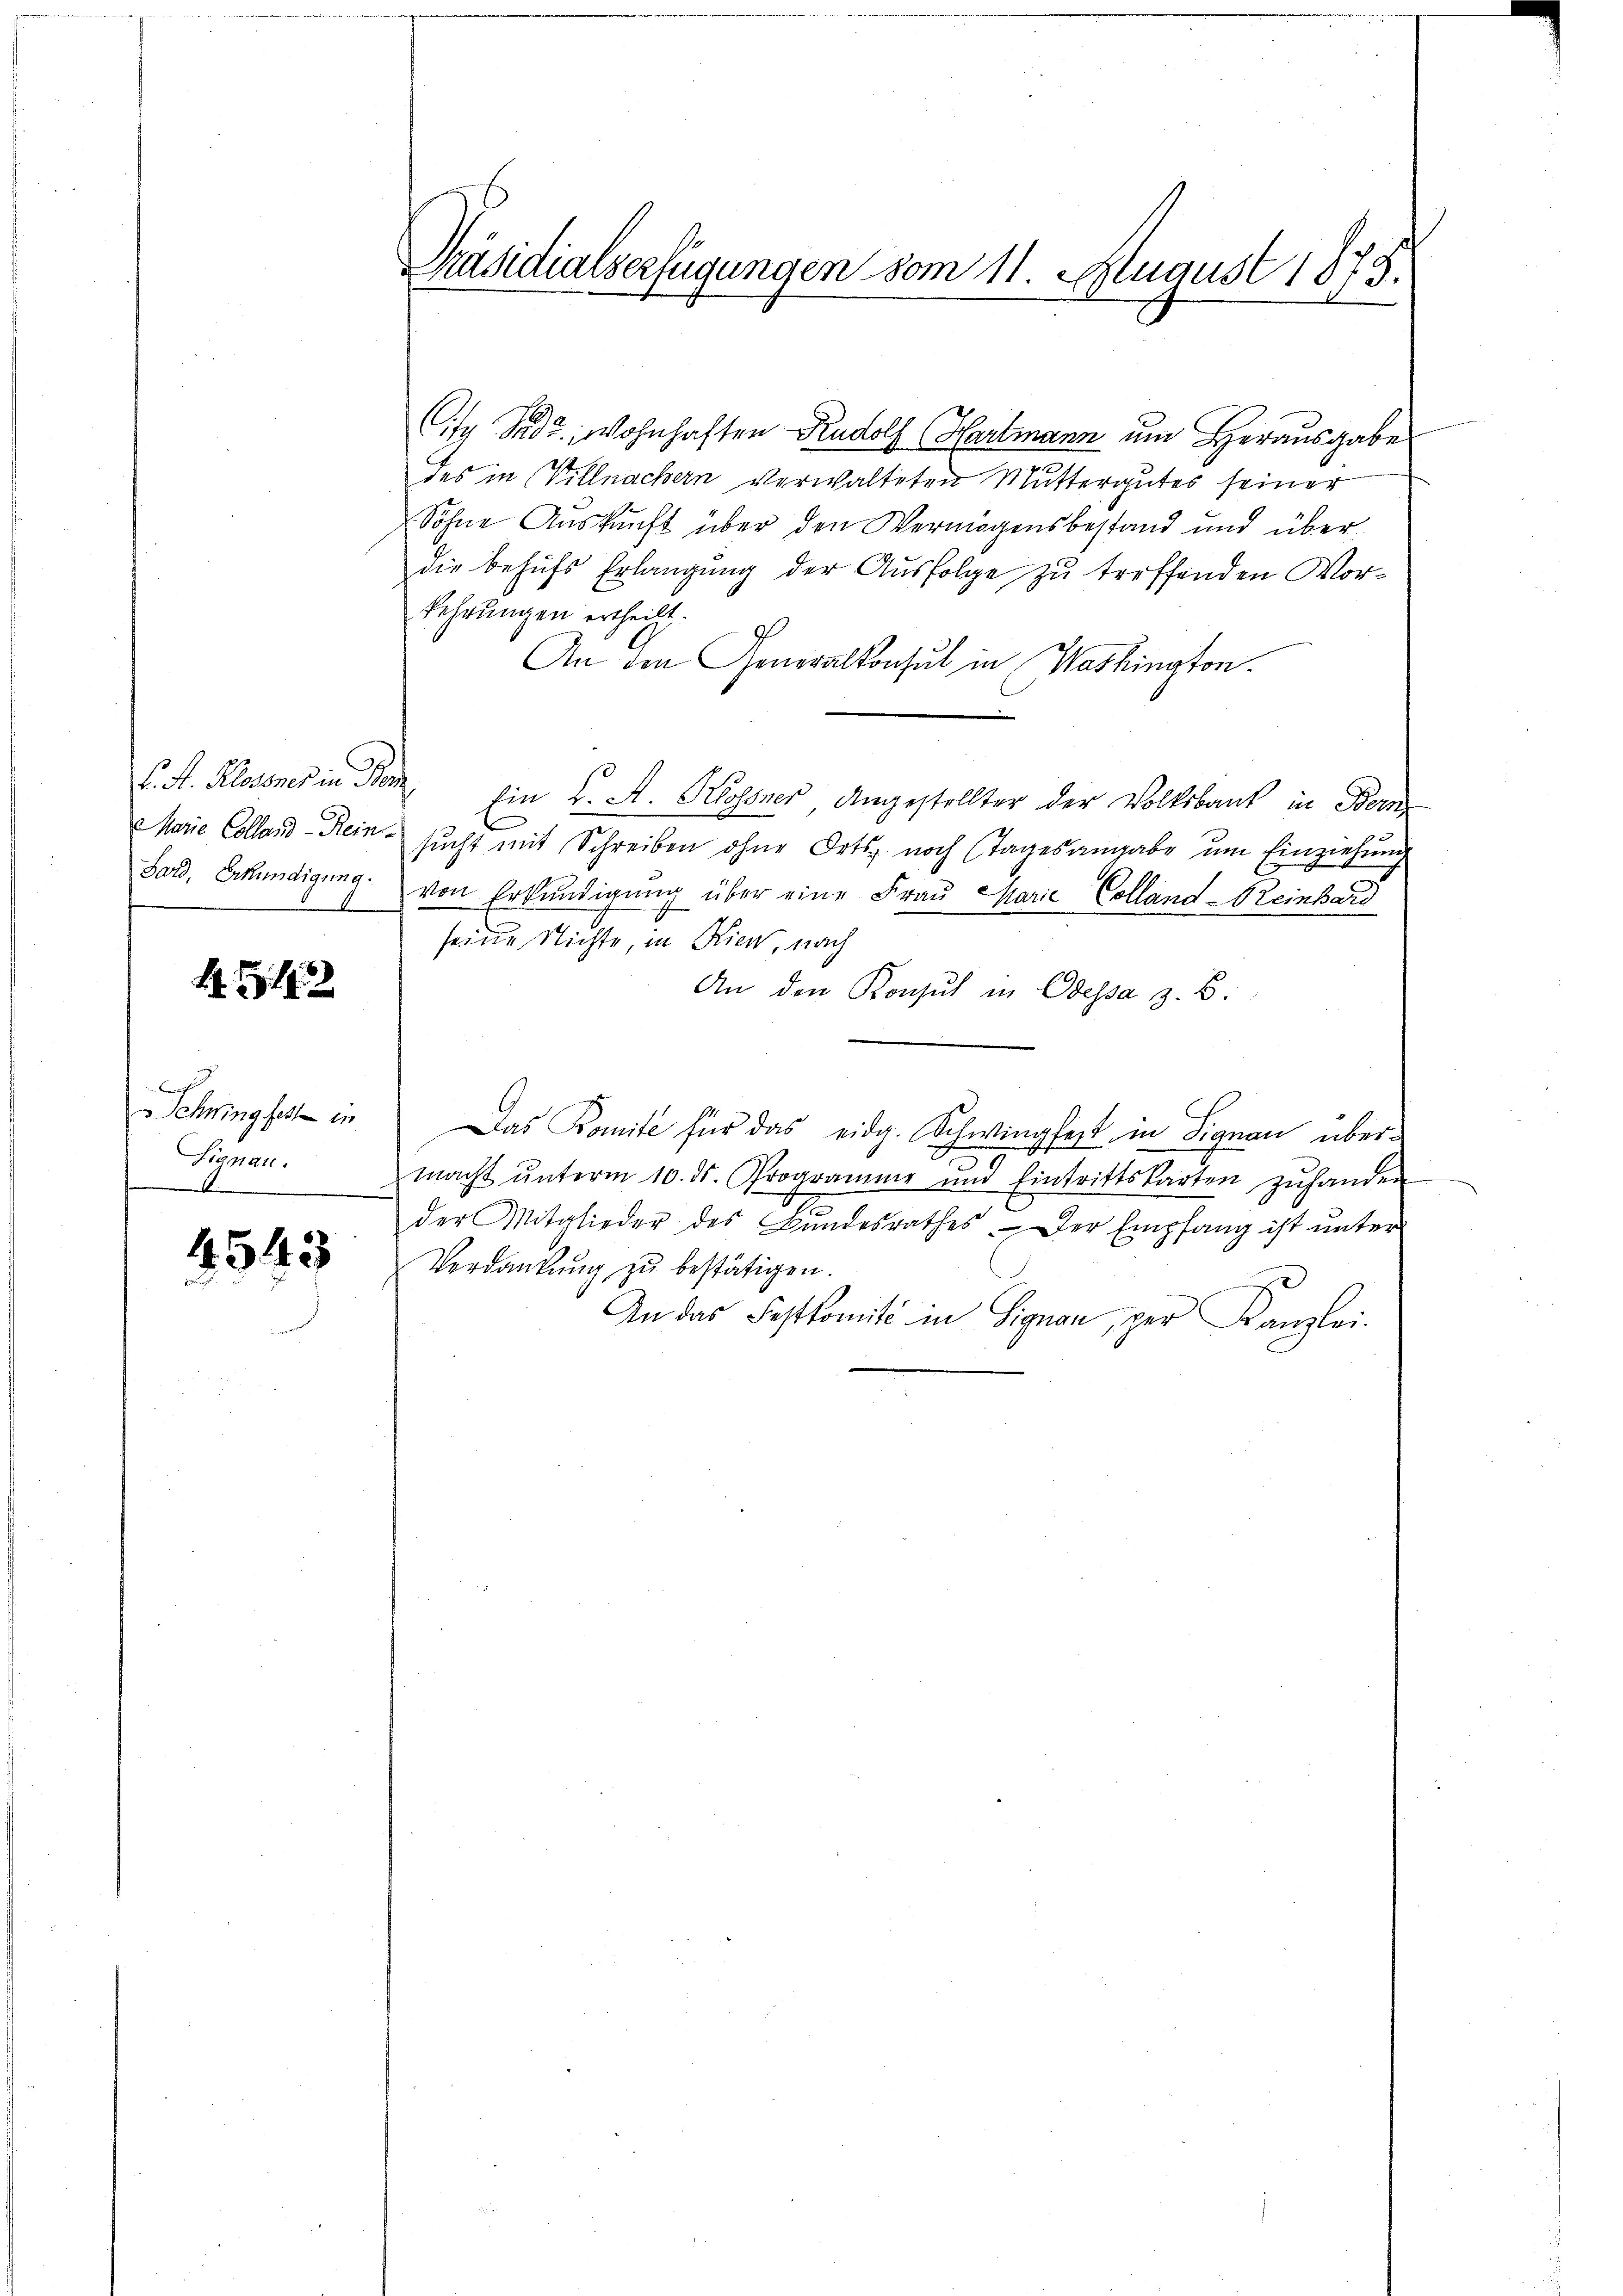
V. P. Klagenes in Plan
Marie Colland-Rein
Bard, Erkundigung.

L. 313

Schwing fest in
Signau.
.

4543

ity Sadt, wohnhaften Rudolf Hartmann um Herausgabe
des in Villnachern verwalteten Muttergutes seiner
Söhne Auskunft über den Vermögensbestand und über
die behufs Erlangung der Ausfolge zu treffenden Vorkehrungen ertheilt.
An den Generalkonsul in Washington.
Ein K. A. Kossner Angestellter der Volksbank in Bern
sucht mit Schreiben ohne Orts noch (Tagesangabe um Einziehung
" von Erkundigung über eine Frau Marie Colland-Reinhard
seine Nichte, in Kient, nach
An den Konsul in Odessa z. B.
Das Komité für das eidg. Schwingfest in Signau über¬
13.
macht ŭnterm 10. ds. Programme und Eintrittskarten zŭhanden
der Mitglieder des Bŭndesrathes. Der Empfang ist unter
Verdankŭng zŭ bestätigen.
ze
An das Festkomité in Signau, per Kanzlei.

Präsidialserfügungen vom 11. August 1878.
6